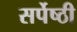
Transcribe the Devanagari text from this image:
सर्पेष्ठी